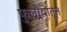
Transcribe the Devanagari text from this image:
फुलोर्‍यांतून